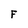
Character: F